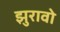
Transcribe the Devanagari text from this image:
झुरावो